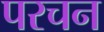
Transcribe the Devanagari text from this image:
परचन